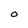
Character: O